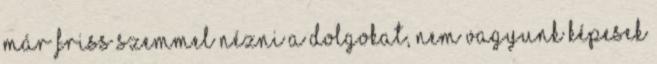
már friss szemmel nézni a dolgokat, nem vagyunk képesek